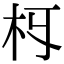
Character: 𣏛